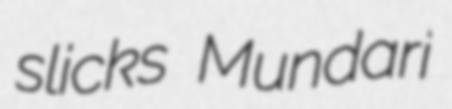
slicks Mundari